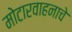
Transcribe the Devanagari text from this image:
मोटारवाहनाचे